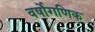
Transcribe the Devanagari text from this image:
वर्षोगणिक